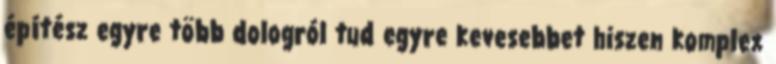
építész egyre több dologról tud egyre kevesebbet hiszen komplex